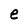
Character: e